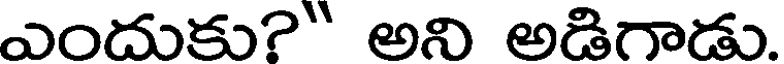
ఎందుకు?" అని అడిగాడు.